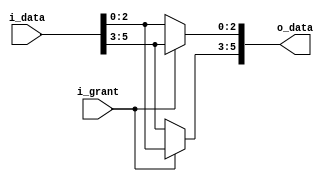
`timescale 1ns / 1ps
//////////////////////////////////////////////////////////////////////////////////
// Company: 
// Engineer: 
// 
// Design Name: 
// Module Name: OCS_2x2
// Project Name: 
// Target Devices: 
// Tool Versions: 
// Description: 
// 
// Dependencies: 
// 
// Revision:
// Revision 0.01 - File Created
// Additional Comments:
// 
//////////////////////////////////////////////////////////////////////////////////


module OCS_2x2#(
    parameter       P_BAR       =   1'b0,
    parameter       P_CROSS     =   1'b1   
)(
    input  [0 :0]   i_grant ,
    input  [5 :0]   i_data  ,
    output [5 :0]   o_data  
);

assign o_data[2:0] = i_grant == P_BAR ? i_data[2:0] : i_data[5:3];
assign o_data[5:3] = i_grant == P_BAR ? i_data[5:3] : i_data[2:0];

endmodule